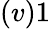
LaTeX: (v)1